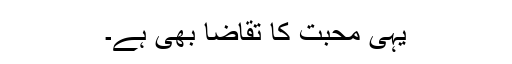
یہی محبت کا تقاضا بھی ہے۔